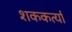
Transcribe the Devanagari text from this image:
शककर्त्या